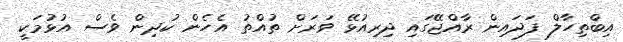
އިބްތިހާލް ފަދައިން ރާއްޖޭގައި ދިރިއުޅޭ ވަރަށް ތުއްތު އެހެން ކުދިން ވެސް އުޅުމަކީ